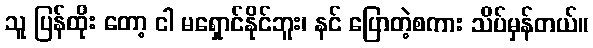
သူ ပြန်ထိုး တော့ ငါ မရှောင်နိုင်ဘူး၊ နင် ပြောတဲ့စကား သိပ်မှန်တယ်။